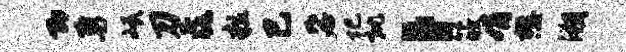
即勇岷刀毳粒己毖圮批，筱娟懋溯